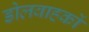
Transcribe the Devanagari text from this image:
डोलवाहकों